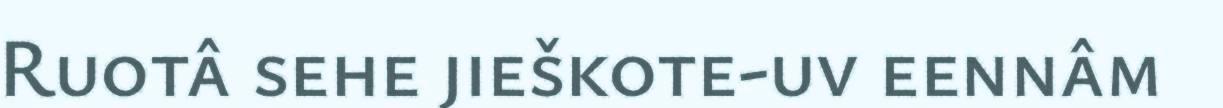
Ruotâ sehe jieškote-uv eennâm